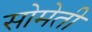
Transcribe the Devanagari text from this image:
सोमेती